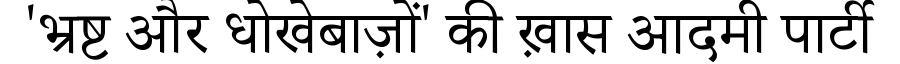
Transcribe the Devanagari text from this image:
'भ्रष्ट और धोखेबाज़ों' की ख़ास आदमी पार्टी